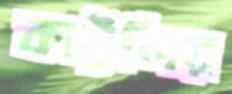
কাট্টলির